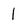
Character: I